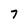
Character: 7